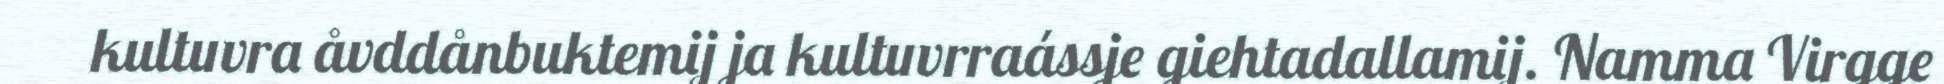
kultuvra åvddånbuktemij ja kultuvrraássje giehtadallamij. Namma Virgge